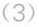
（3）